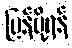
ပြန်ပို့ရန်